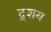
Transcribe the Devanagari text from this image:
द्र्शय